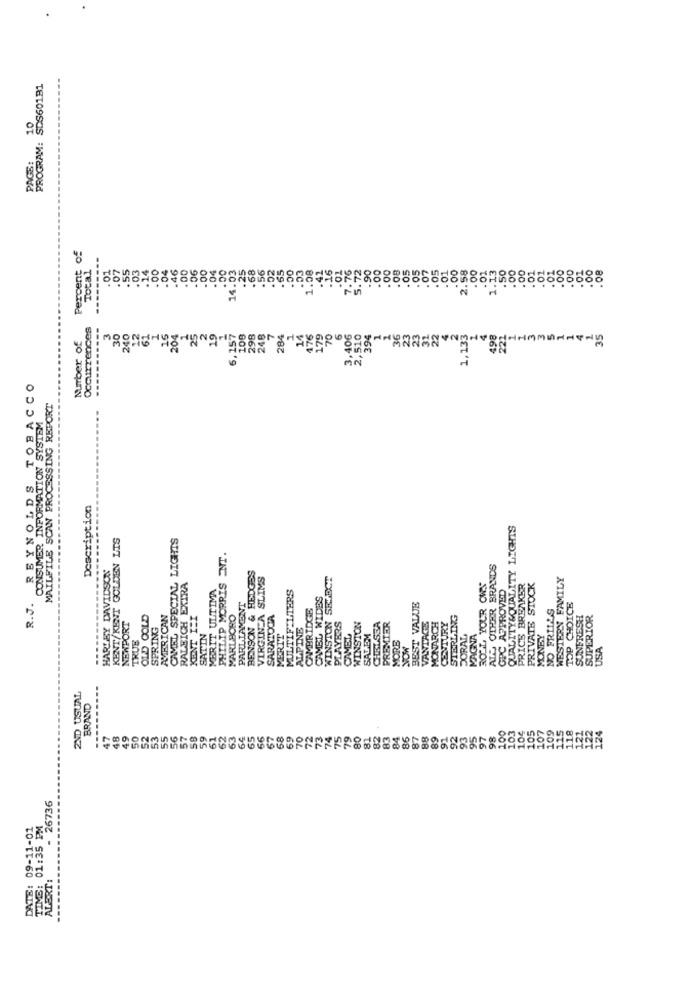
PROGRAM: SDS601B1
10
PAGE:
Percent of
---------
Total
03
.14
.04
.46
.00
.06
.00
14.03
.68
.56
01
.58
.00
Occurrences
Number of
------
204
6,257
108
298
248
284
2,510
394
1,133
498
222
----
REYNOLDS TOBACCO
MAILFILE SCAN PROCESSING REPORT
CONSUMER INFORMATION SYSTEM
Description
QUALITY&QUALITY LIGHTS
KENT/KENT GOLDEN LIS
CAMEL SPECIAL LIGHTS
PHILIP MORRIS INT.
HARLEY DAVIDSON
ALL OTHER BRANDS
BENSON & HEDGES
VIRGIN A SLIMS
WINSTON SELECT
WESTERN FAMILY
RALEICH EXIRA
MERIT ULTIMA
MULTIFILTERS
ROLL YOUR OWN
GPC APPROVED
PRICE BREAKER
PRIVATE STOCK
R.J.
CAMEL WIDES
-----
MARLBORO
PARLIAMENT
CAMBRIDGE
BEST VALUE
NO FRILLS
TOP CHOICE
NEWPORT
OLD GOLD
AMERICAN
KENT I:I
SARATOGA
MONARCH
CENTURY
STERLING
SUNFRESH
SUPERIOR
SPRING
ALPINE
PLAYERS
WINSTON
CHELSEA
PREMIER
VANTAGE
TRUE
SATIN
MERIT
CAMEL
SALEM
DORAL
MAGNA
MONEY
MORE
USA
2ND USUAL
BRAND
05
07
48
49
50
52
53
55
56
59
95
97
- 26736
DATE: 09-11-01
TING: 01:35 PM
ALERT:
----